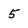
Character: 5